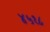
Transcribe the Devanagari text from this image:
४५१८